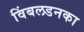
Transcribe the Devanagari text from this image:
विंबलडनका